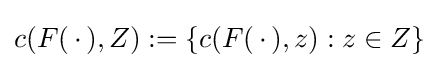
c(F(\,\cdot \,),Z):=\{c(F(\,\cdot \,),z):z\in Z\}